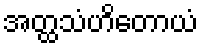
အတ္ထသံဟိတောယံ